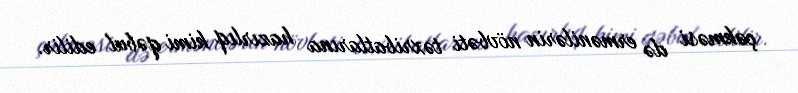
çəkməsi də ermənilərin növbəti təxribatlarına hazırlıq kimi qəbul edilir.